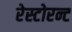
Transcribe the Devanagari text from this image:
रेस्टोरन्ट